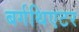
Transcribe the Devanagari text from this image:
बर्गथिएटर